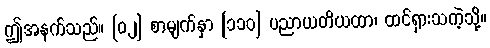
ဤအနက်သည်။ [၀၂] စာမျက်နှာ [၁၁၀] ပညာယတိယထာ၊ ထင်ရှားသကဲ့သို့။